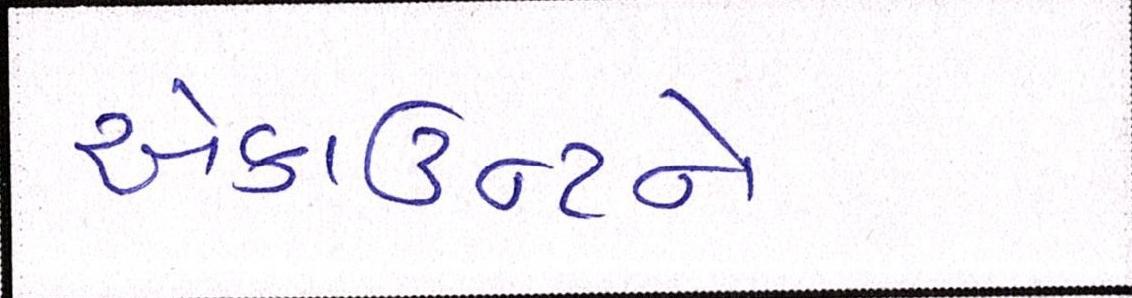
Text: એકાઉન્ટને